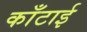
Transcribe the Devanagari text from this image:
काँटाई